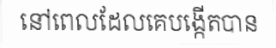
នៅពេលដែលគេបង្កើតបាន